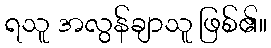
ရသူ အလွန်ချာသူ ဖြစ်၏။